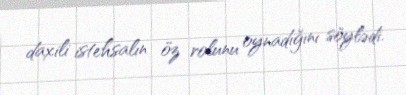
daxili istehsalın öz rolunu oynadığını söylədi.